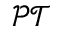
\mathcal { P T }